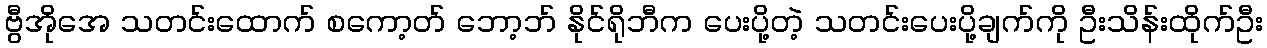
ဗွီအိုအေ သတင်းထောက် စကော့တ် ဘော့ဘ် နိုင်ရိုဘီက ပေးပို့တဲ့ သတင်းပေးပို့ချက်ကို ဦးသိန်းထိုက်ဦး